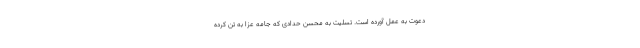
دعوت به عمل آورده است. تسلیت به محسن حدادی که جامه عزا به تن کرده